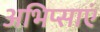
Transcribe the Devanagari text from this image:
अभिप्साएं